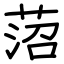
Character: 菬